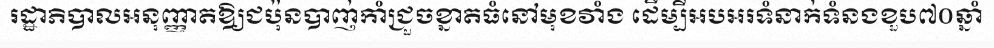
រដ្ឋាភិបាលអនុញ្ញាតឱ្យជប៉ុនបាញ់កាំជ្រួចខ្នាតធំនៅមុខវាំង ដើម្បីអបអរទំនាក់ទំនងខួប៧០ឆ្នាំ